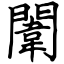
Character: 闈